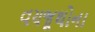
વયજૂથોના